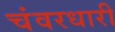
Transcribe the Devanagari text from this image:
चंवरधारी